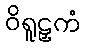
ဝိရူဠှကံ